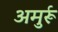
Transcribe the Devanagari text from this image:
अमुर्रू